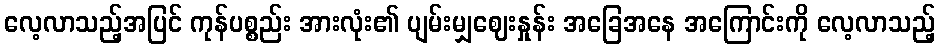
လေ့လာသည့်အပြင် ကုန်ပစ္စည်း အားလုံး၏ ပျမ်းမျှဈေးနှုန်း အခြေအနေ အကြောင်းကို လေ့လာသည့်